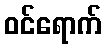
ဝင်ရောက်